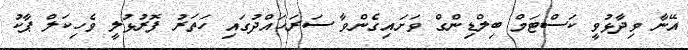
އޭނާ ވިދާޅުވީ ކަސްޓަމް ބިލްޑިންގް ވަށައިގެންވާ ސަރަހައްދުގައި ހަތަރު ފޮރުޅުލީ ވެހިކަލް ޕާކު